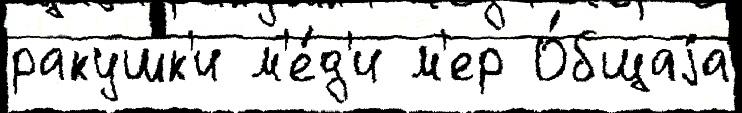
ракушк'и м'е́д'и м'ер О́бщаjа